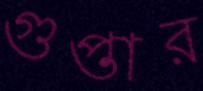
গুপ্তার